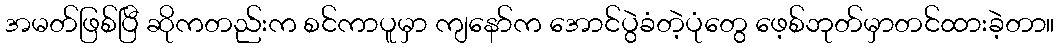
အမတ်ဖြစ်ပြီ ဆိုကတည်းက စင်ကာပူမှာ ကျနော်က အောင်ပွဲခံတဲ့ပုံတွေ ဖေ့စ်ဘုတ်မှာတင်ထားခဲ့တာ။